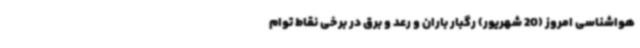
هواشناسی امروز (20 شهریور) رگبار باران و رعد و برق در برخی نقاط توام